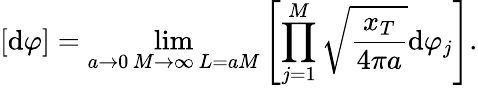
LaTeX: [\mathrm{d}\varphi]=\operatorname*{lim}_{\substack{a\to 0\, M\to\infty\, L=aM}}\left[\prod_{j=1}^{M}\sqrt{\frac{x_{T}}{4\pi a}}\mathrm{d}\varphi_{j}\right].